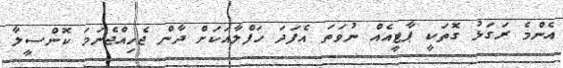
އެންމެ ރަގަޅު ގޮތަކީ ޕާޓީއެއް ނުވަތަ އެފަދަ ހަފްލާއަކަށް ދާން ޖެހިއްޖެނަމަ ކޮންސީލާ